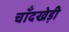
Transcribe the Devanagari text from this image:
चाँदखेड़ी